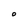
Character: O